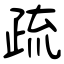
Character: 疏